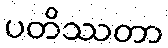
ပတိဿတာ